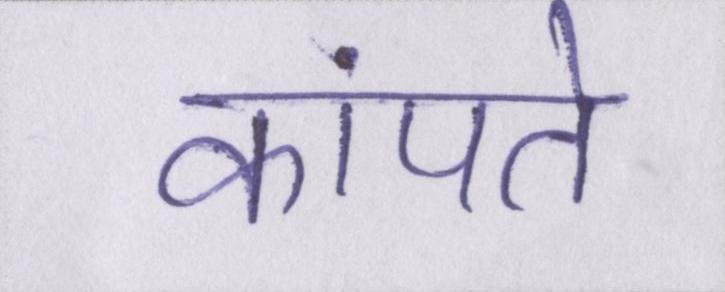
कांपते